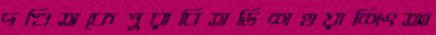
দণ্ডিতকেপুরাবিতডিশওয়াশিংআ